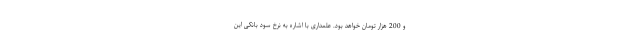
و 200 هزار تومان خواهد بود. علمداری با اشاره به نرخ سود بانکی این